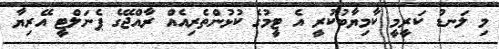
މި ލަނޑު ކަރީމީ ކާމިޔާބުކުރީ އެ ޓީމުގެ ކުޅުންތެރިއެއް ރާއްޖޭގެ ޕެނަލްޓީ އޭރިޔާ